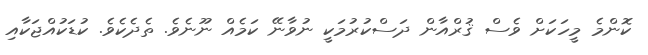
ކޮންމެ މީހަކަށް ވެސް ޤުރްއާން ދަސްކުރުމަކީ ނުވާނޭ ކަމެއް ނޫނެވެ. ތެދެކެވެ. ކުޑަކުއްޖަކާއި